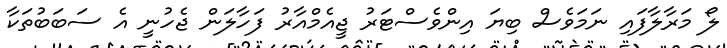
ލޯ މަރާލާފައި ނަމަވެސް ބިޔަ އިންވެސްޓަރު ޖީއެމްއާރު ފަހާލަން ޖެހުނީ އެ ސަބަބުތަކާ